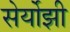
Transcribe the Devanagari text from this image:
सेर्योझी